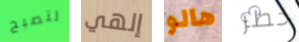
لتصبح إلهي هالو خطر